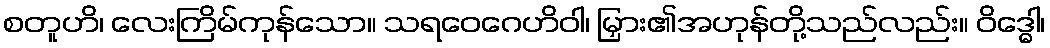
စတူဟိ၊ လေးကြိမ်ကုန်သော။ သရဝေဂေဟိဝါ၊ မြှား၏အဟုန်တို့သည်လည်း။ ဝိဒ္ဓေါ၊